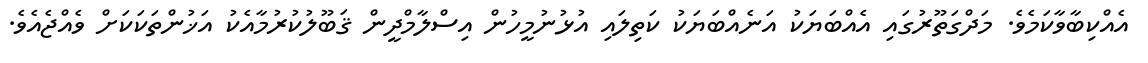
އެއްކިބާވާކަމެވެ. މަދްގަތޫރުގައި އެއްބަޔަކު އަނެއްބަޔަކު ކަތިލައި އުޅުނުމީހުން އިސްލާމްދީން ޤަބޫލުކުރުމާއެކު އަޚުންތަކަކަށް ވެއްޖެއެވެ.